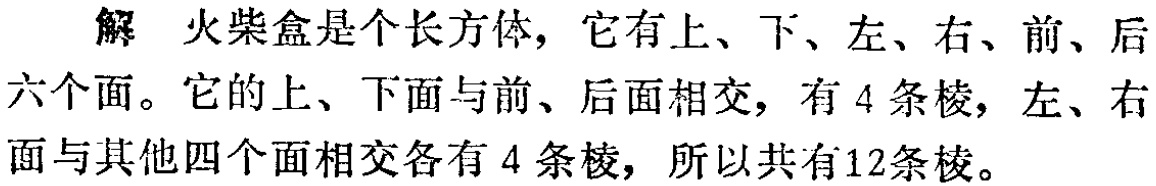
解 火柴盒是个长方体，它有上、下、左、右、前、后六个面。它的上、下面与前、后面相交，有 4 条棱，左、右面与其他四个面相交各有 4 条棱，所以共有12条棱。